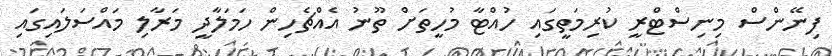
ފިނޭންސް މިނިސްޓްރީ ކުރިމަތީގައި ހުއްޓާ މުހީތަށް ތޫނު އެއްޗެހިން ހަމަލާދީ މަރާލި މައްސަލައިގައި